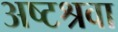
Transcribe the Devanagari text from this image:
अष्टश्रवा